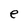
Character: e